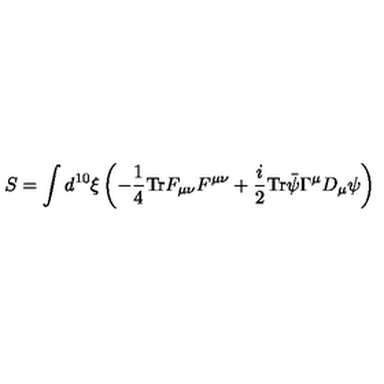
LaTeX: S = \int d ^ { 1 0 } \xi \left( - \frac { 1 } { 4 } \mathrm { T r } F _ { \mu \nu } F ^ { \mu \nu } + \frac { i } { 2 } \mathrm { T r } \bar { \psi } \Gamma ^ { \mu } D _ { \mu } \psi \right)